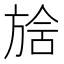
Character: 𣄅